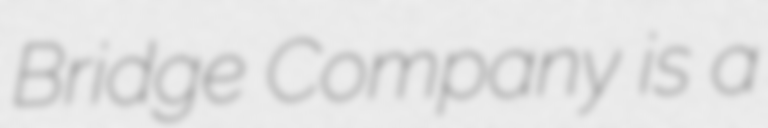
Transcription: Bridge Company is a